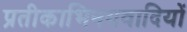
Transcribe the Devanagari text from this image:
प्रतीकाभिनयवादियों